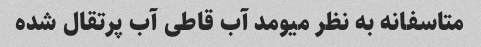
متاسفانه به نظر میومد آب قاطی آب پرتقال شده